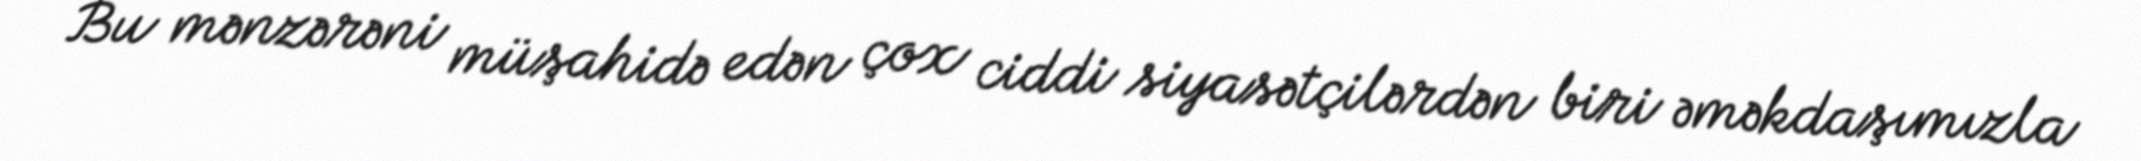
Bu mənzərəni müşahidə edən çox ciddi siyasətçilərdən biri əməkdaşımızla